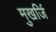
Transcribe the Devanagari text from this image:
मुखर्जि